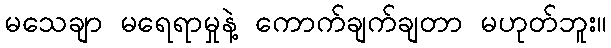
မသေချာ မရေရာမှုနဲ့ ကောက်ချက်ချတာ မဟုတ်ဘူး။